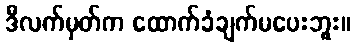
ဒီလက်မှတ်က ထောက်ခံချက်မပေးဘူး။